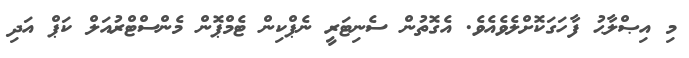
މި އިޞްލާޙު ފާހަގަކޮށްލެވެއެވެ. އެގޮތުން ސެނިޓަރީ ނެޕްކިން ޓެމްޕޮން މެންސްޓްރުއަލް ކަޕް އަދި